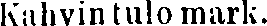
Kahvin tulo mark.